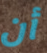
أن